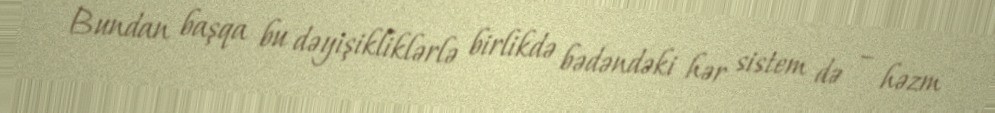
Bundan başqa bu dəyişikliklərlə birlikdə bədəndəki hər sistem də – həzm